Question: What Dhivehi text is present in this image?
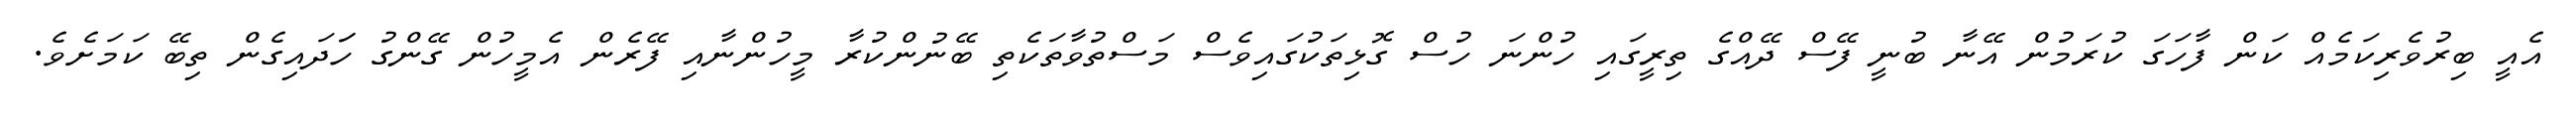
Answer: އެއީ ބިރުވެރިކަމެއް ކަން ފާހަގަ ކުރަމުން އޭނާ ބުނީ ފޭސް ދޭއްގެ ތިރީގައި ހުންނަ ހުސް ގޮޅިތަކުގައިވެސް މަސްތުވާތަކެތި ބޭނުންކުރާ މީހުންނާއި ފޭރެން އެމީހުން ގޭންގު ހަަދައިގެން ތިބޭ ކަމަށެވެ.